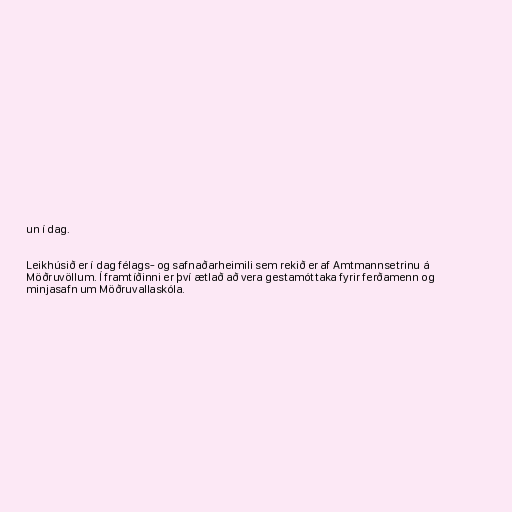
un í dag.

Leikhúsið er í dag félags- og safnaðarheimili sem rekið er af Amtmannsetrinu á
Möðruvöllum. Í framtíðinni er því ætlað að vera gestamóttaka fyrir ferðamenn og
minjasafn um Möðruvallaskóla.